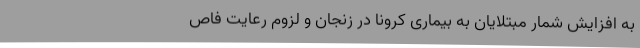
به افزایش شمار مبتلایان به بیماری کرونا در زنجان و لزوم رعایت فاص